Eesti_Rahvusfond, lk 123
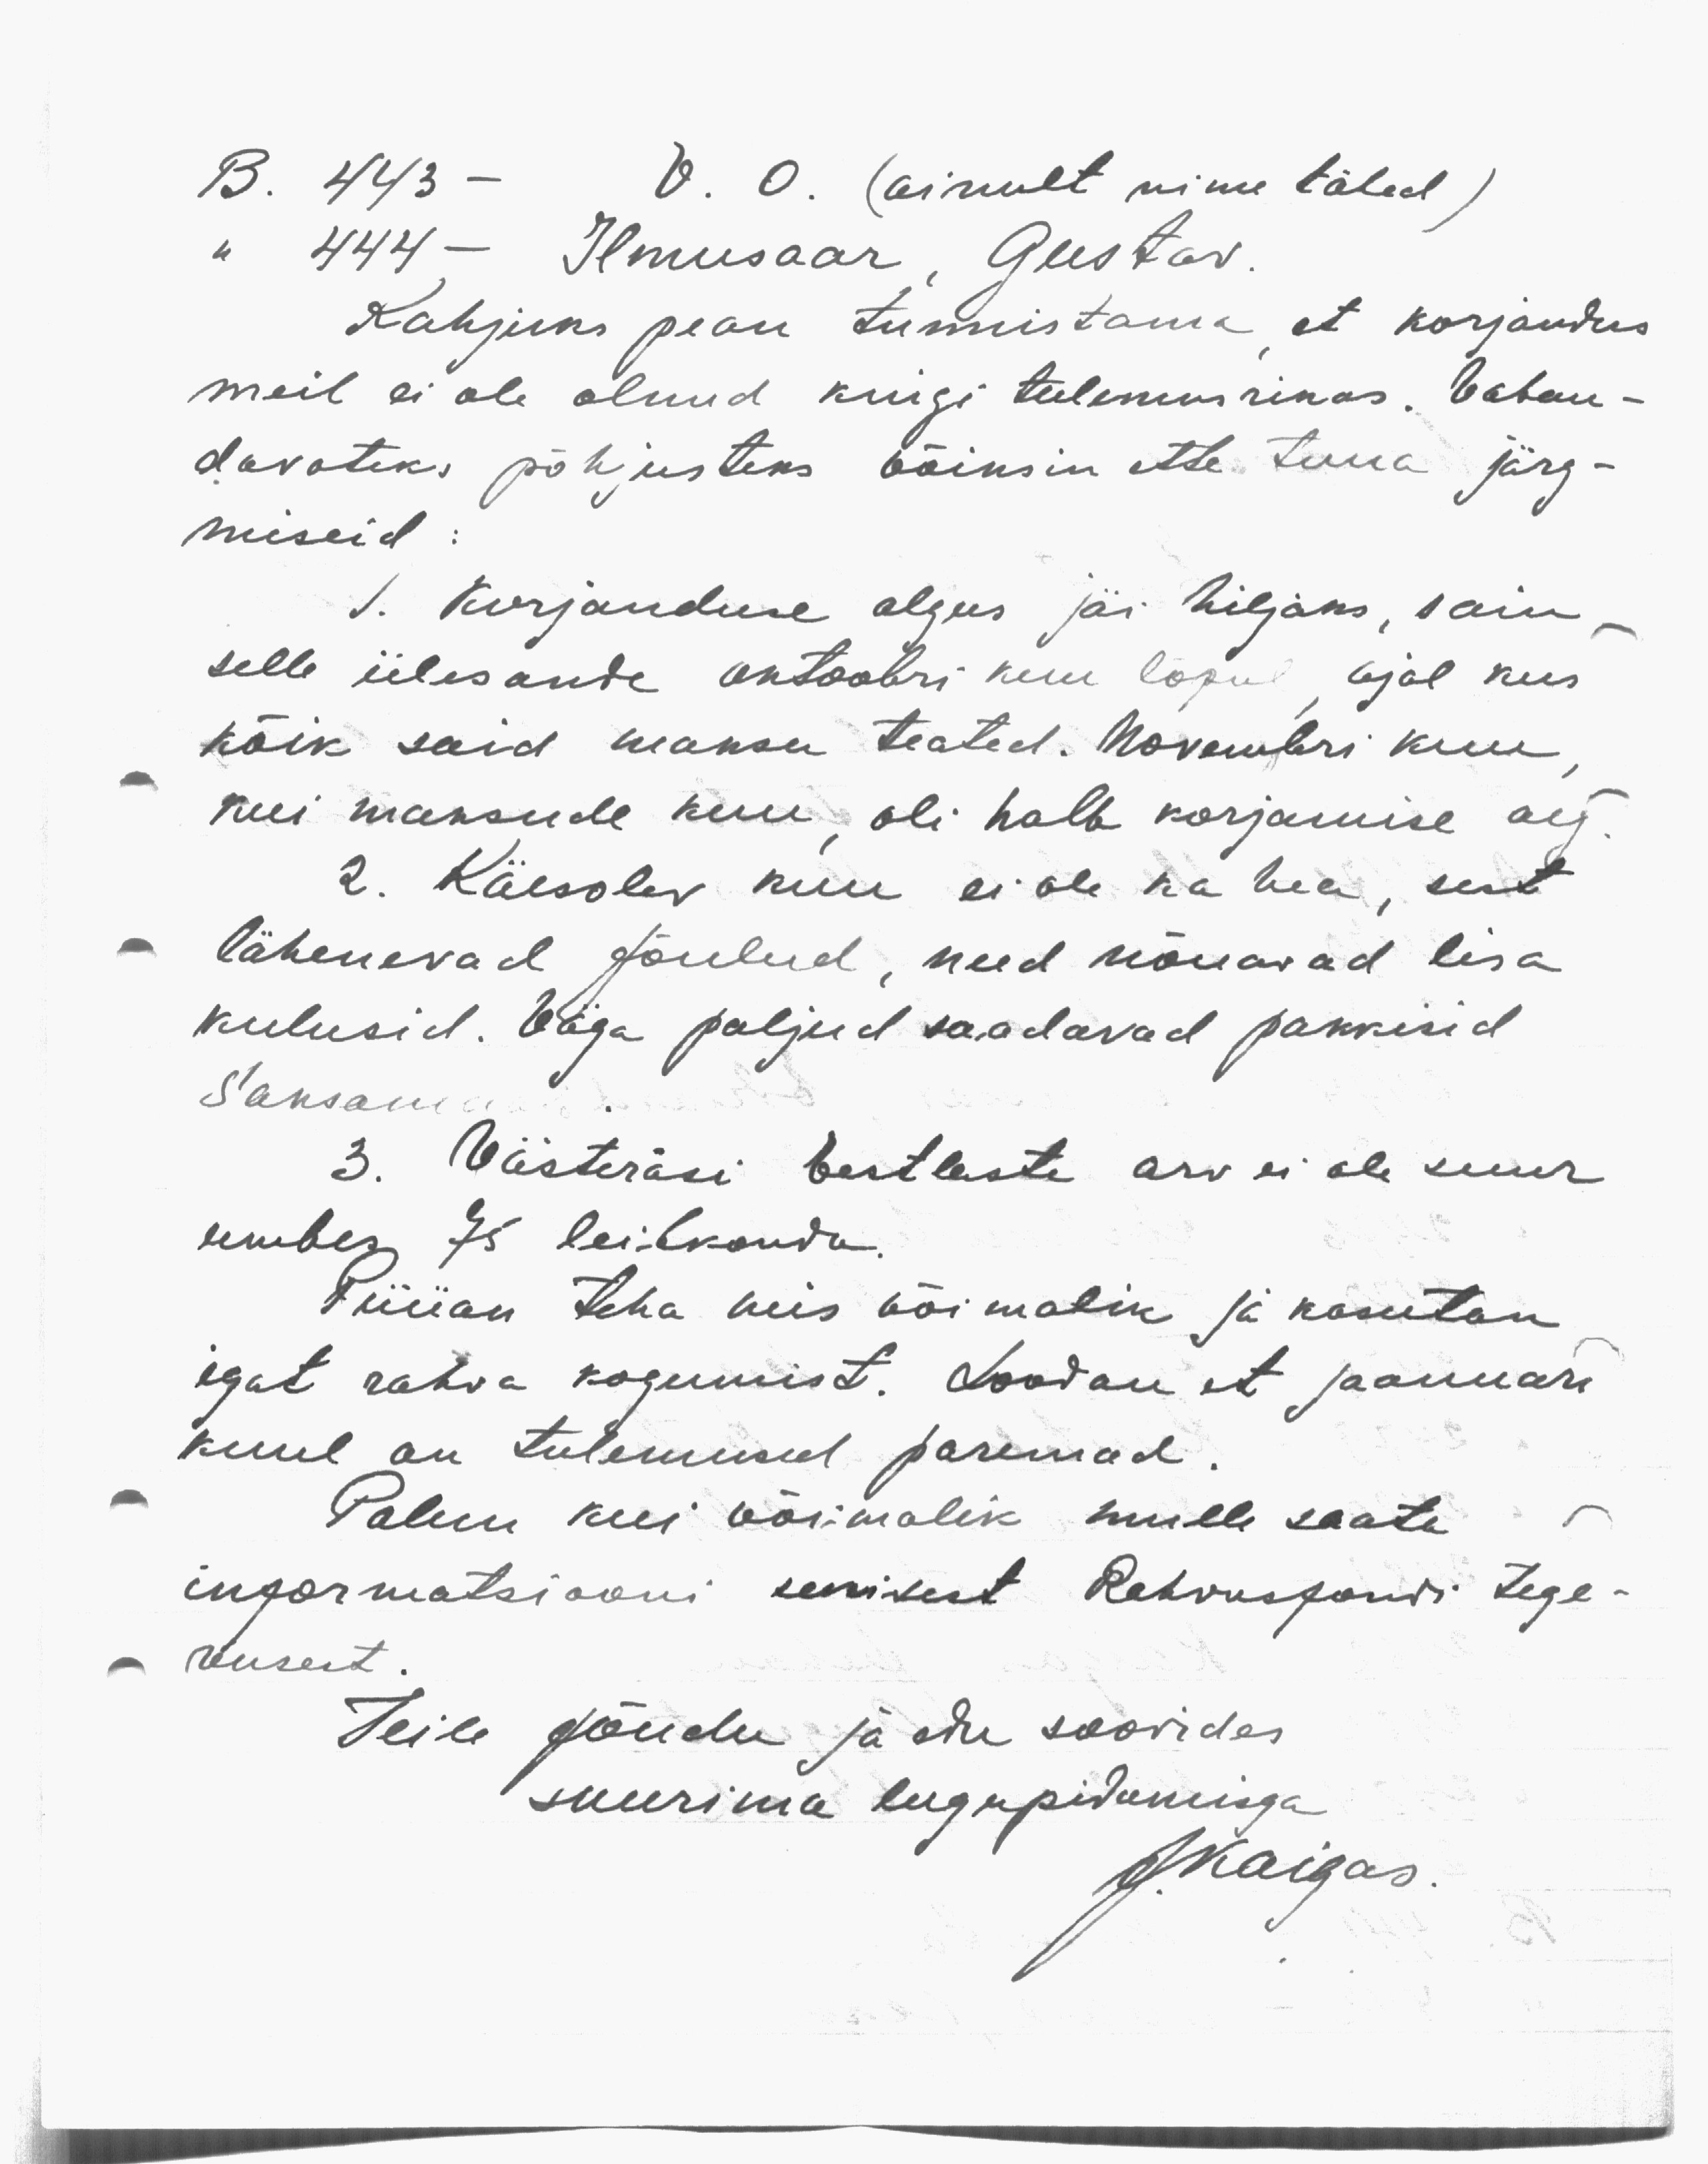
B. 443 - V. O. (ainult nime tähed)
" 444 - Ilmusaar, Gustav
Kahjuks pean tunnistama et korjandus
meil ei ole olnud kuigi tulemusrikas. Vaban-
davateks põhjusteks võiksin ette tuua järg-
miseid:
1. Korjanduse algus jäi hiljaks, sain
selle ülesande oktoodri kuu lõpul ajal kus
kõik said maksu teated. Novembri kuu
kui maksude kuu oli halb korjamise aeg
2. Käesolev kuu ei ole ka hea, sest
lähenevad jõulud, need nõuavad lisa
kulusid. Väga paljud saadavad pakkisid
Saksam
3. Västeräsi Eestlaste arv ei ole suur
umbes 75 leibkonda.
Püüan teha mis võimalik ja kasutan
igat rahva kogumist. Loodan et jaanuari
kuul on tulemused paremad.
Palun kui võimalik mulle saata
informatsiooni senisest Rehvusfondi tege-
vusest.
Teile jõudu ja edu soovides
suurima lugupidamisega
J.Kaigas.